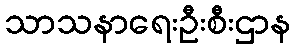
သာသနာရေးဦးစီးဌာန